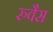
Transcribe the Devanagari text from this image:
रुवैस